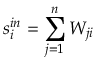
s _ { i } ^ { i n } = \sum _ { j = 1 } ^ { n } W _ { j i }